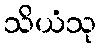
သိယံသု